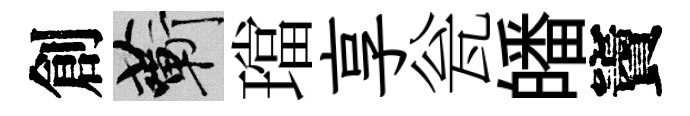
創蔪璫享瓮皤竇